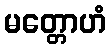
မတ္တောဟံ